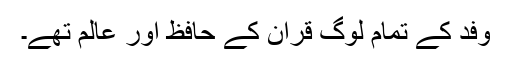
وفد کے تمام لوگ قرآن کے حافظ اور عالم تھے۔